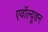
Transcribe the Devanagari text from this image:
एवॉल्यूशन